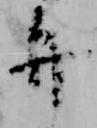
弁